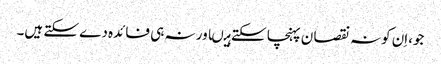
جو،اِن کونہ نقصا ن پہنچا سکتے ہیںاور نہ ہی فائدہ دے سکتے ہیں۔